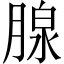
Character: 腺